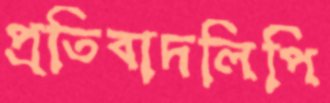
প্রতিবাদলিপি